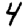
Digit: 4